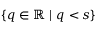
\{ q \in \mathbb { R } \ \lvert \ q < s \}